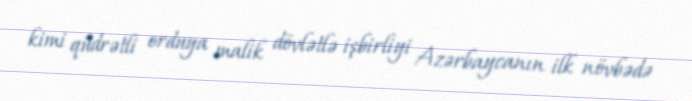
kimi qüdrətli orduya malik dövlətlə işbirliyi Azərbaycanın ilk növbədə